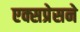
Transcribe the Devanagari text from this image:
एक्सप्रेसने